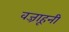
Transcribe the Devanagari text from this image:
वज्राहूनी